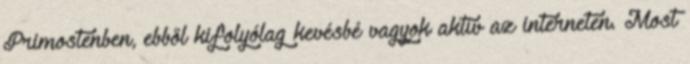
Primostenben, ebből kifolyólag kevésbé vagyok aktív az interneten. Most